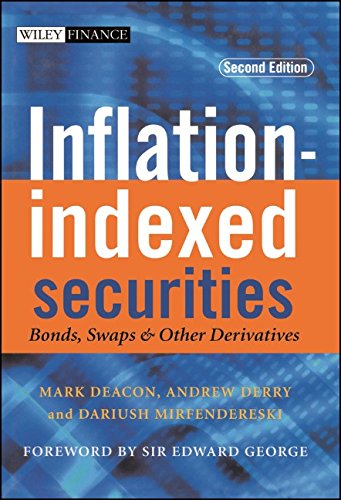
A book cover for Inflation-indexed Securities: Bonds, Swaps and Other Derivatives; Mark Deacon; Business & Money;